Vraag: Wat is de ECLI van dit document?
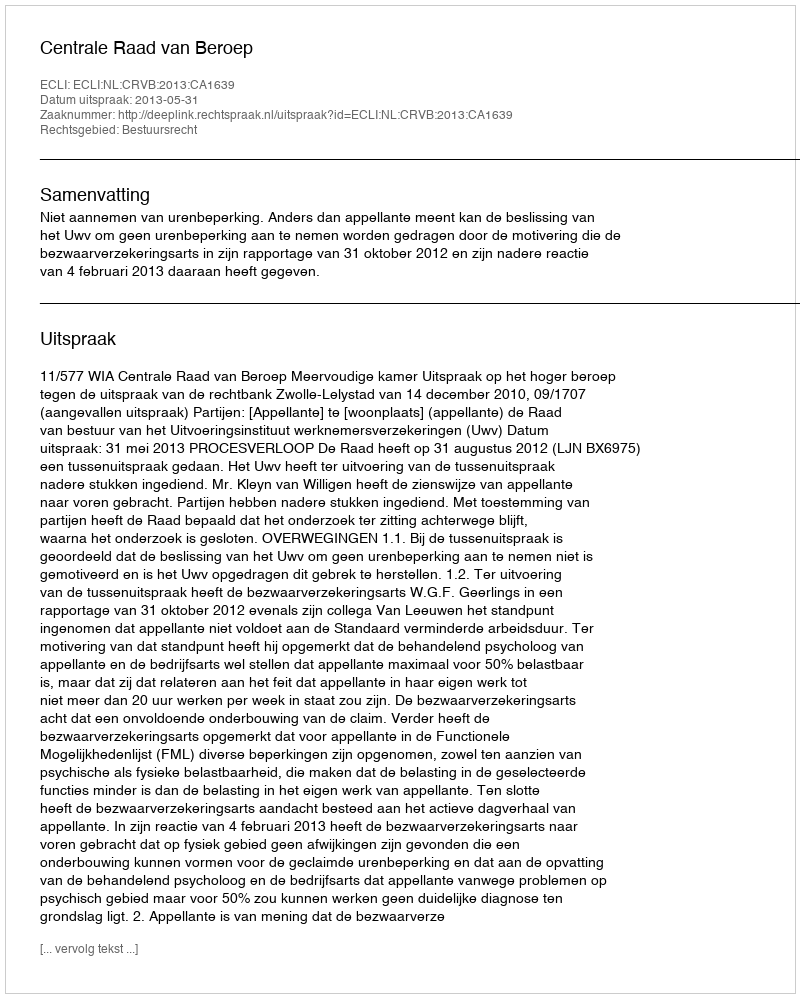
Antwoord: ECLI:NL:CRVB:2013:CA1639